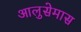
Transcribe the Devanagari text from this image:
आलुसेमास